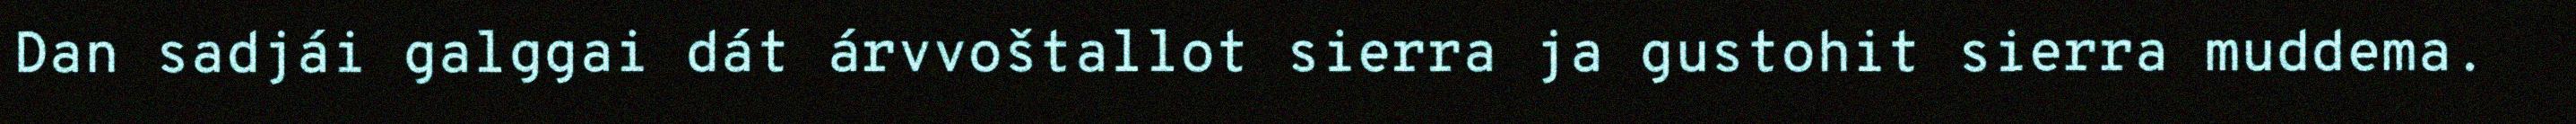
Dan sadjái galggai dát árvvoštallot sierra ja gustohit sierra muddema.